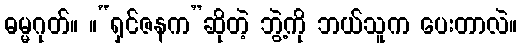
ဓမ္မဂုတ်။ ။“ရှင်ဇနက”ဆိုတဲ့ ဘွဲ့ကို ဘယ်သူက ပေးတာလဲ။